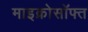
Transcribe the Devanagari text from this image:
माइक्रोसॉफ्त